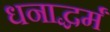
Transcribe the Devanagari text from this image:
धनाद्धर्मं